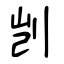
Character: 剀